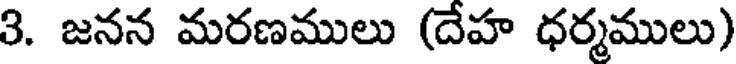
3. జనన మరణములు (దేహ ధర్మములు)